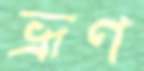
ভ্রূণ